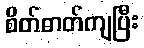
စိတ်ဓာတ်ကျပြီး